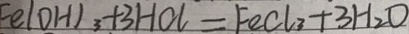
F e ( O H ) _ { 3 } + 3 H O l = F e C l _ { 3 } + 3 H _ { 2 } O